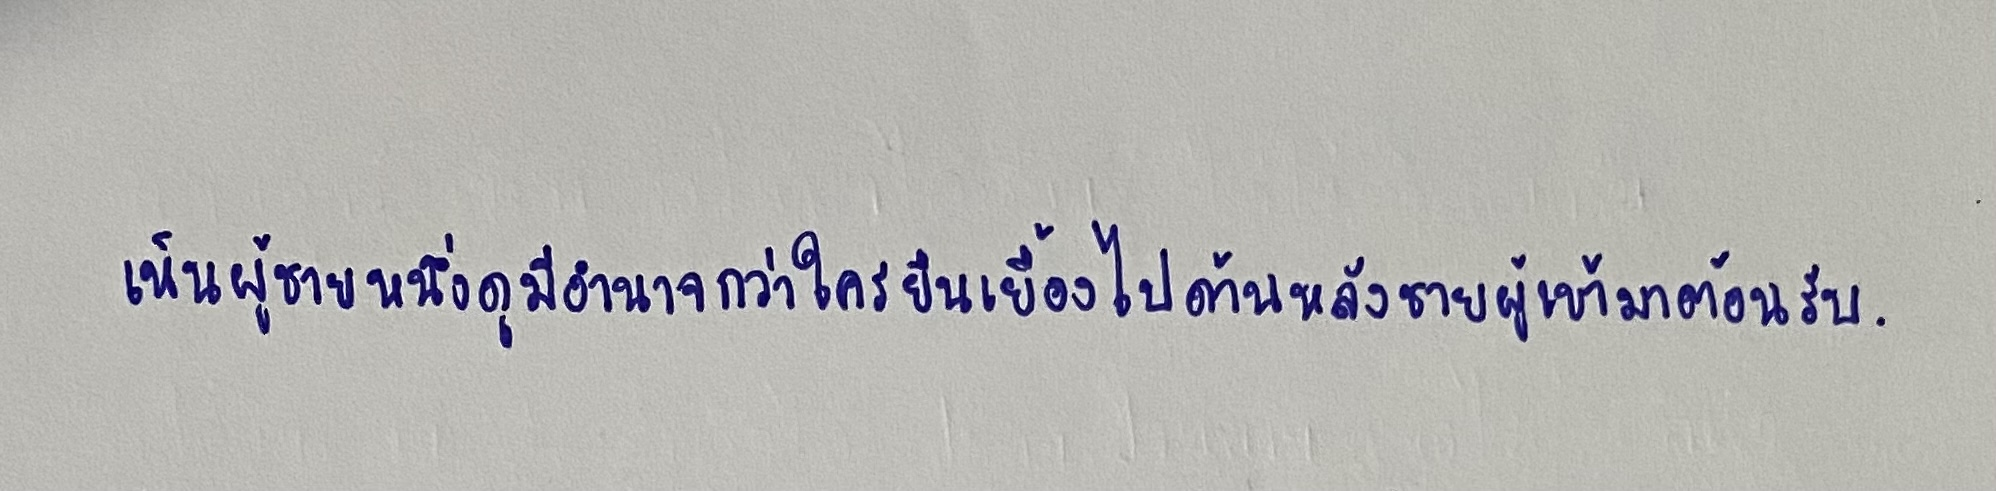
เห็นชายผู้หนึ่งดูมีอำนาจกว่าใครยืนเยื้องไปด้านหลังชายผู้เข้ามาต้อนรับ